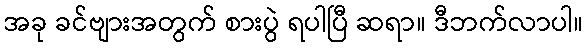
အခု ခင်ဗျားအတွက် စားပွဲ ရပါပြီ ဆရာ။ ဒီဘက်လာပါ။